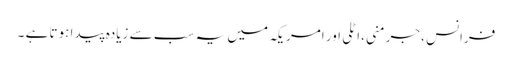
فرانس ،جرمنی ،اٹلی اور امریکہ میں یہ سب سے زیادہ پیدا ہوتا ہے ۔